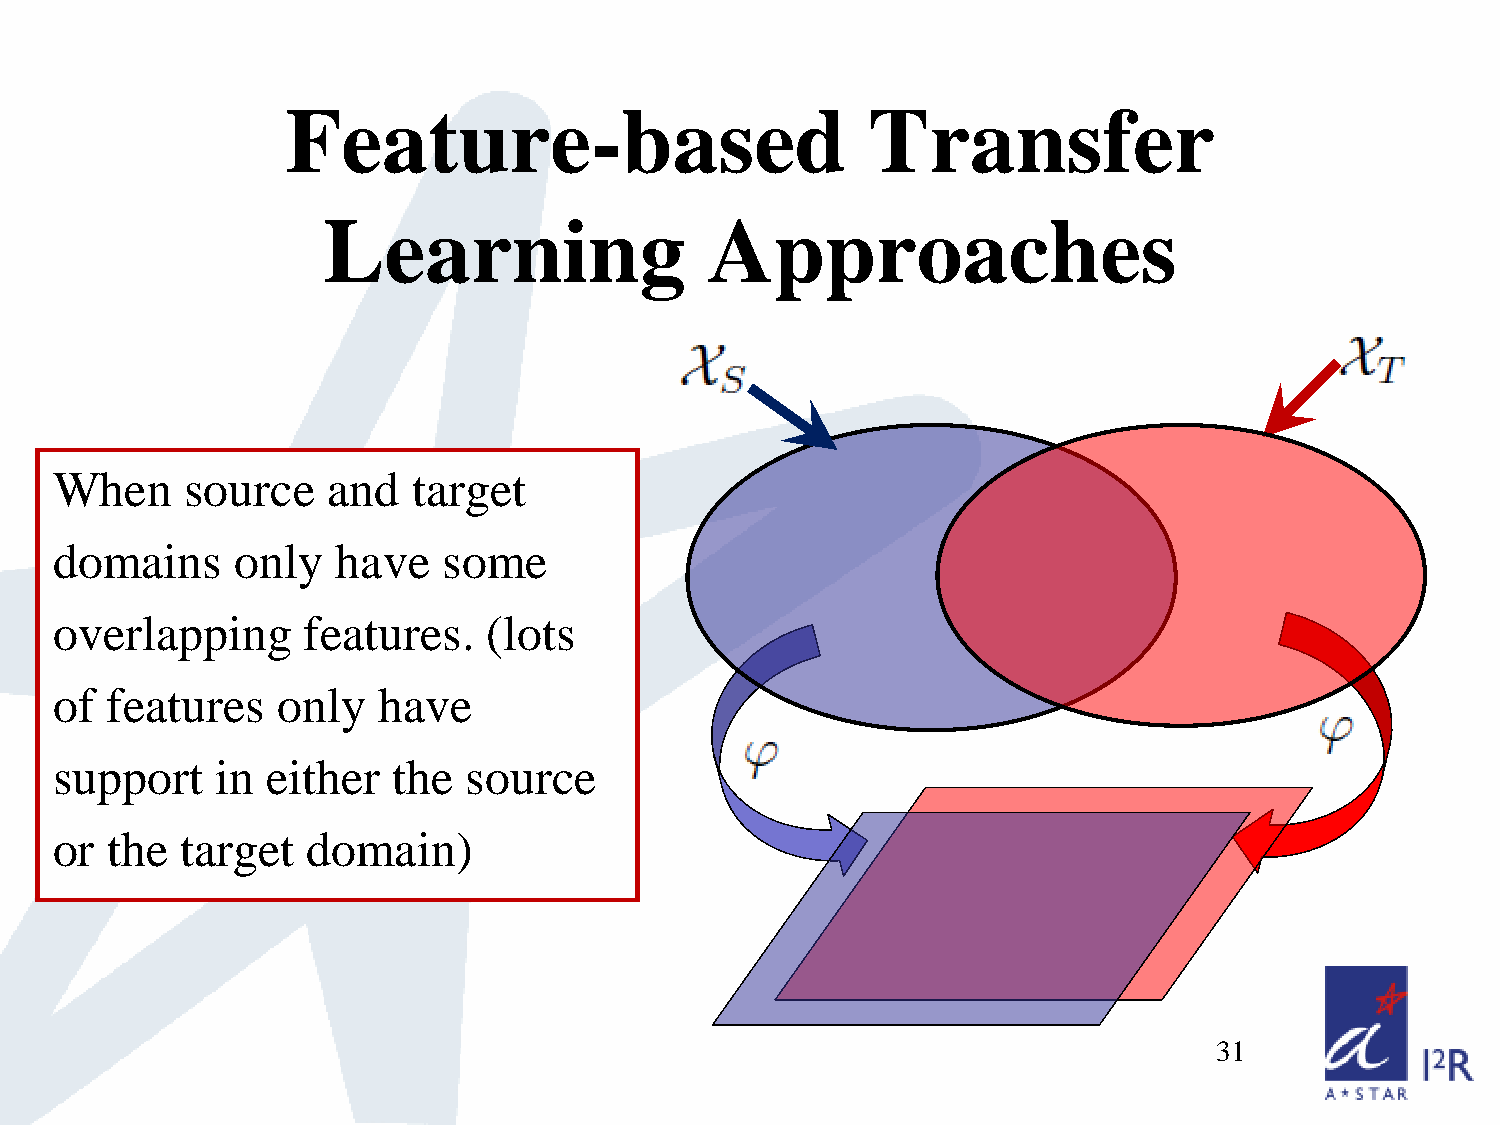
Feature-based                         Transfer
 Learning                  Approaches
 When     source    and  target
 domains     only   have   some
 overlapping      features.   (lots
 of  features   only   have
 support    in  either  the  source
 or  the  target  domain)
 31